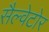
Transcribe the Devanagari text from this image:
सैल्वेटोर